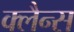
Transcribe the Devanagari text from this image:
क्लैन्स